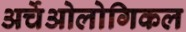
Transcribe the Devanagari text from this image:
अर्चेओलोगिकल